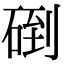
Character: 𥓫